Scottish Leaving Certificate Examination, 1959
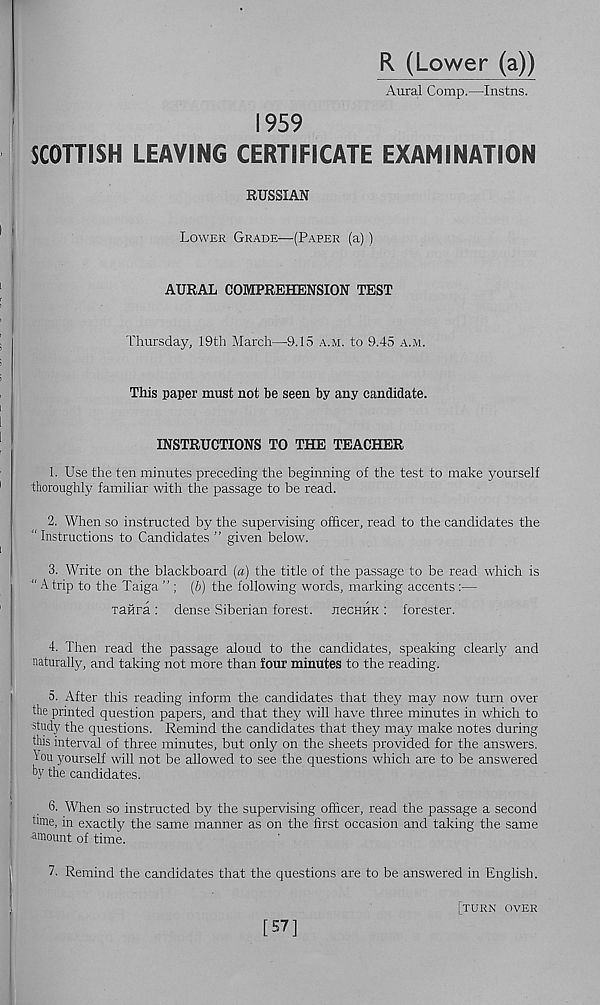
R (Lower (a))
Aural Comp.—Instns.
1959
SCOTTISH LEAVING CERTIFICATE EXAMINATION
RUSSIAN
Lower Grade—(Paper (a))
AURAL COMPREHENSION TEST
Thursday, 19th March—9.15 a.m. to 9.45 a.m.
This paper must not be seen by any candidate.
INSTRUCTIONS TO THE TEACHER
1. Use the ten minutes preceding the beginning of the test to make yourself
thoroughly familiar with the passage to be read.
2. When so instructed by the supervising officer, read to the candidates the
" Instructions to Candidates ” given below.
3. Write on the blackboard (a) the title of the passage to be read which is
“ A trip to the Taiga ”; (b) the following words, marking accents :—
Tafira : dense Siberian forest. JiecHHK : forester.
4. Then read the passage aloud to the candidates, speaking clearly and
naturally, and taking not more than four minutes to the reading.
5. After this reading inform the candidates that they may now turn over
the printed question papers, and that they will have three minutes in which to
study the questions. Remind the candidates that they may make notes during
this interval of three minutes, but only on the sheets provided for the answers.
1 ou yourself will not be allowed to see the questions which are to be answered
by the candidates.
6. When so instructed by the supervising officer, read the passage a second
tune, in exactly the same manner as on the first occasion and taking the same
■ amount of time.
7. Remind the candidates that the questions are to be answered in English.
[turn over
[57]